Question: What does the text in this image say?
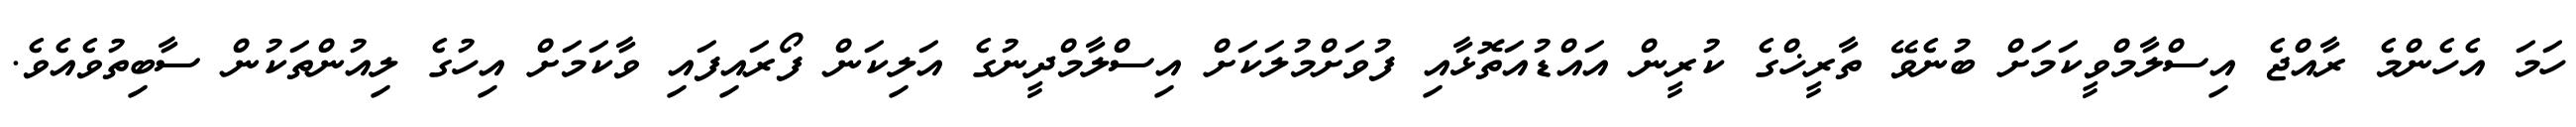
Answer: ހަމަ އެހެންމެ ރާއްޖެ އިސްލާމްވީކަމަށް ބުނެވޭ ތާރީޚްގެ ކުރީން އައްޑުއަތޮޅާއި ފުވަށްމުލަކަށް އިސްލާމްދީނުގެ އަލިކަން ފޯރައިފައި ވާކަމަށް އިހުގެ ލިއުންތަކުން ސާބިތުވެއެވެ.